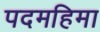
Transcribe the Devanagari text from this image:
पदमहिमा